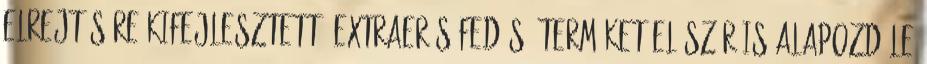
elrejtésére kifejlesztett, extraerős fedésű terméket Először is alapozd le